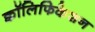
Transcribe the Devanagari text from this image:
क्वॉलिफिकेशन